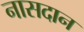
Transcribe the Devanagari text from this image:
नासदान